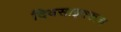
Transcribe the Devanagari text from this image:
दिवसाइतकाच